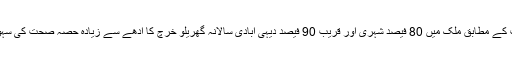
انسرٹ اینڈینگ کی رپورٹ کے مطابق ملک میں 80 فیصد شہری اور قریب 90 فیصد دیہی آبادی سالانہ گھریلو خرچ کا آدھے سے زیادہ حصہ صحت کی سہولیات پر خرچ کردیتی ہے۔